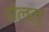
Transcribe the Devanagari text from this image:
डोल्लु